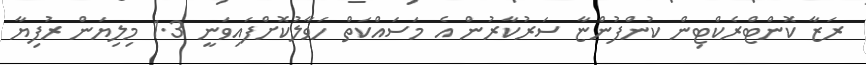
ރަޒާ ކޮންޓްރެކްޓިން ކުންފުންޏާ ސަރުކާރުން އެ މަސައްކަތް ހަވާލުކޮށްފައިވަނީ 1.3 މިލިޔަން ރުފިޔާ